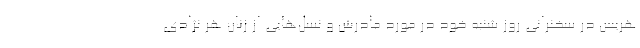
هریس در سخنرانی روز شنبه خود در مورد مادرش و نسل‌هایی از زنان هر نژادی